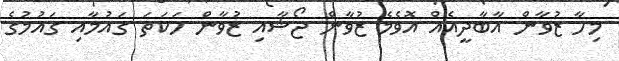
މިހާ ޒުވާން އާބާދީއެއް އޮވެމެ ޒުވާން ޖޯޝާއި ޒުވާން ހަކަތަ ގައުމާއި ގައުމުގެ